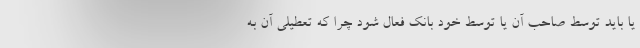
یا باید توسط صاحب آن یا توسط خود بانک فعال شود چرا که تعطیلی آن به